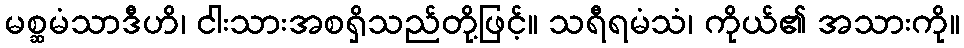
မစ္ဆမံသာဒီဟိ၊ ငါးသားအစရှိသည်တို့ဖြင့်။ သရီရမံသံ၊ ကိုယ်၏ အသားကို။